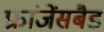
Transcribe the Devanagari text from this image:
फ्रांजेंसबैड